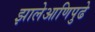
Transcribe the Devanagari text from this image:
झालेआणिपुढे